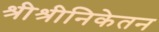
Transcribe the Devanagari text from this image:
श्रीश्रीनिकेतन